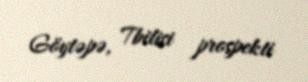
Göytəpə, Tbilisi prospekti